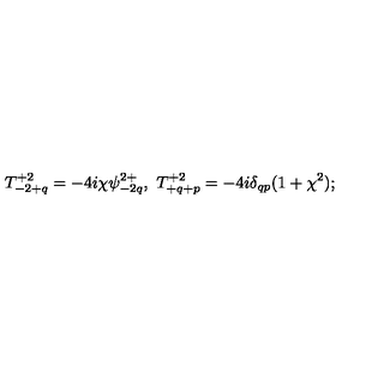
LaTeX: T _ { - 2 + q } ^ { + 2 } = - 4 i \chi \psi _ { - 2 q } ^ { 2 + } , \ T _ { + q + p } ^ { + 2 } = - 4 i \delta _ { q p } ( 1 + \chi ^ { 2 } ) ;